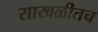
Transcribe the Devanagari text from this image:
साखळीतच